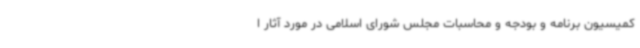
کمیسیون برنامه و بودجه و محاسبات مجلس شورای اسلامی در مورد آثار ا